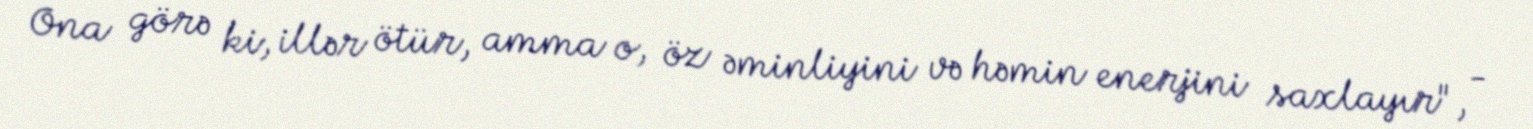
Ona görə ki, illər ötür, amma o, öz əminliyini və həmin enerjini saxlayır", -